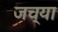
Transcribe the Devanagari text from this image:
जच्या